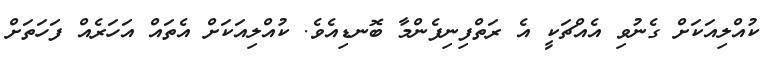
ކުއްލިއަކަށް ގެނުވި އެއްޗަކީ އެ ރަތްފިނިފެންމާ ބޮނޑިއެވެ. ކުއްލިއަކަށް އެތައް އަހަރެއް ފަހަތަށް